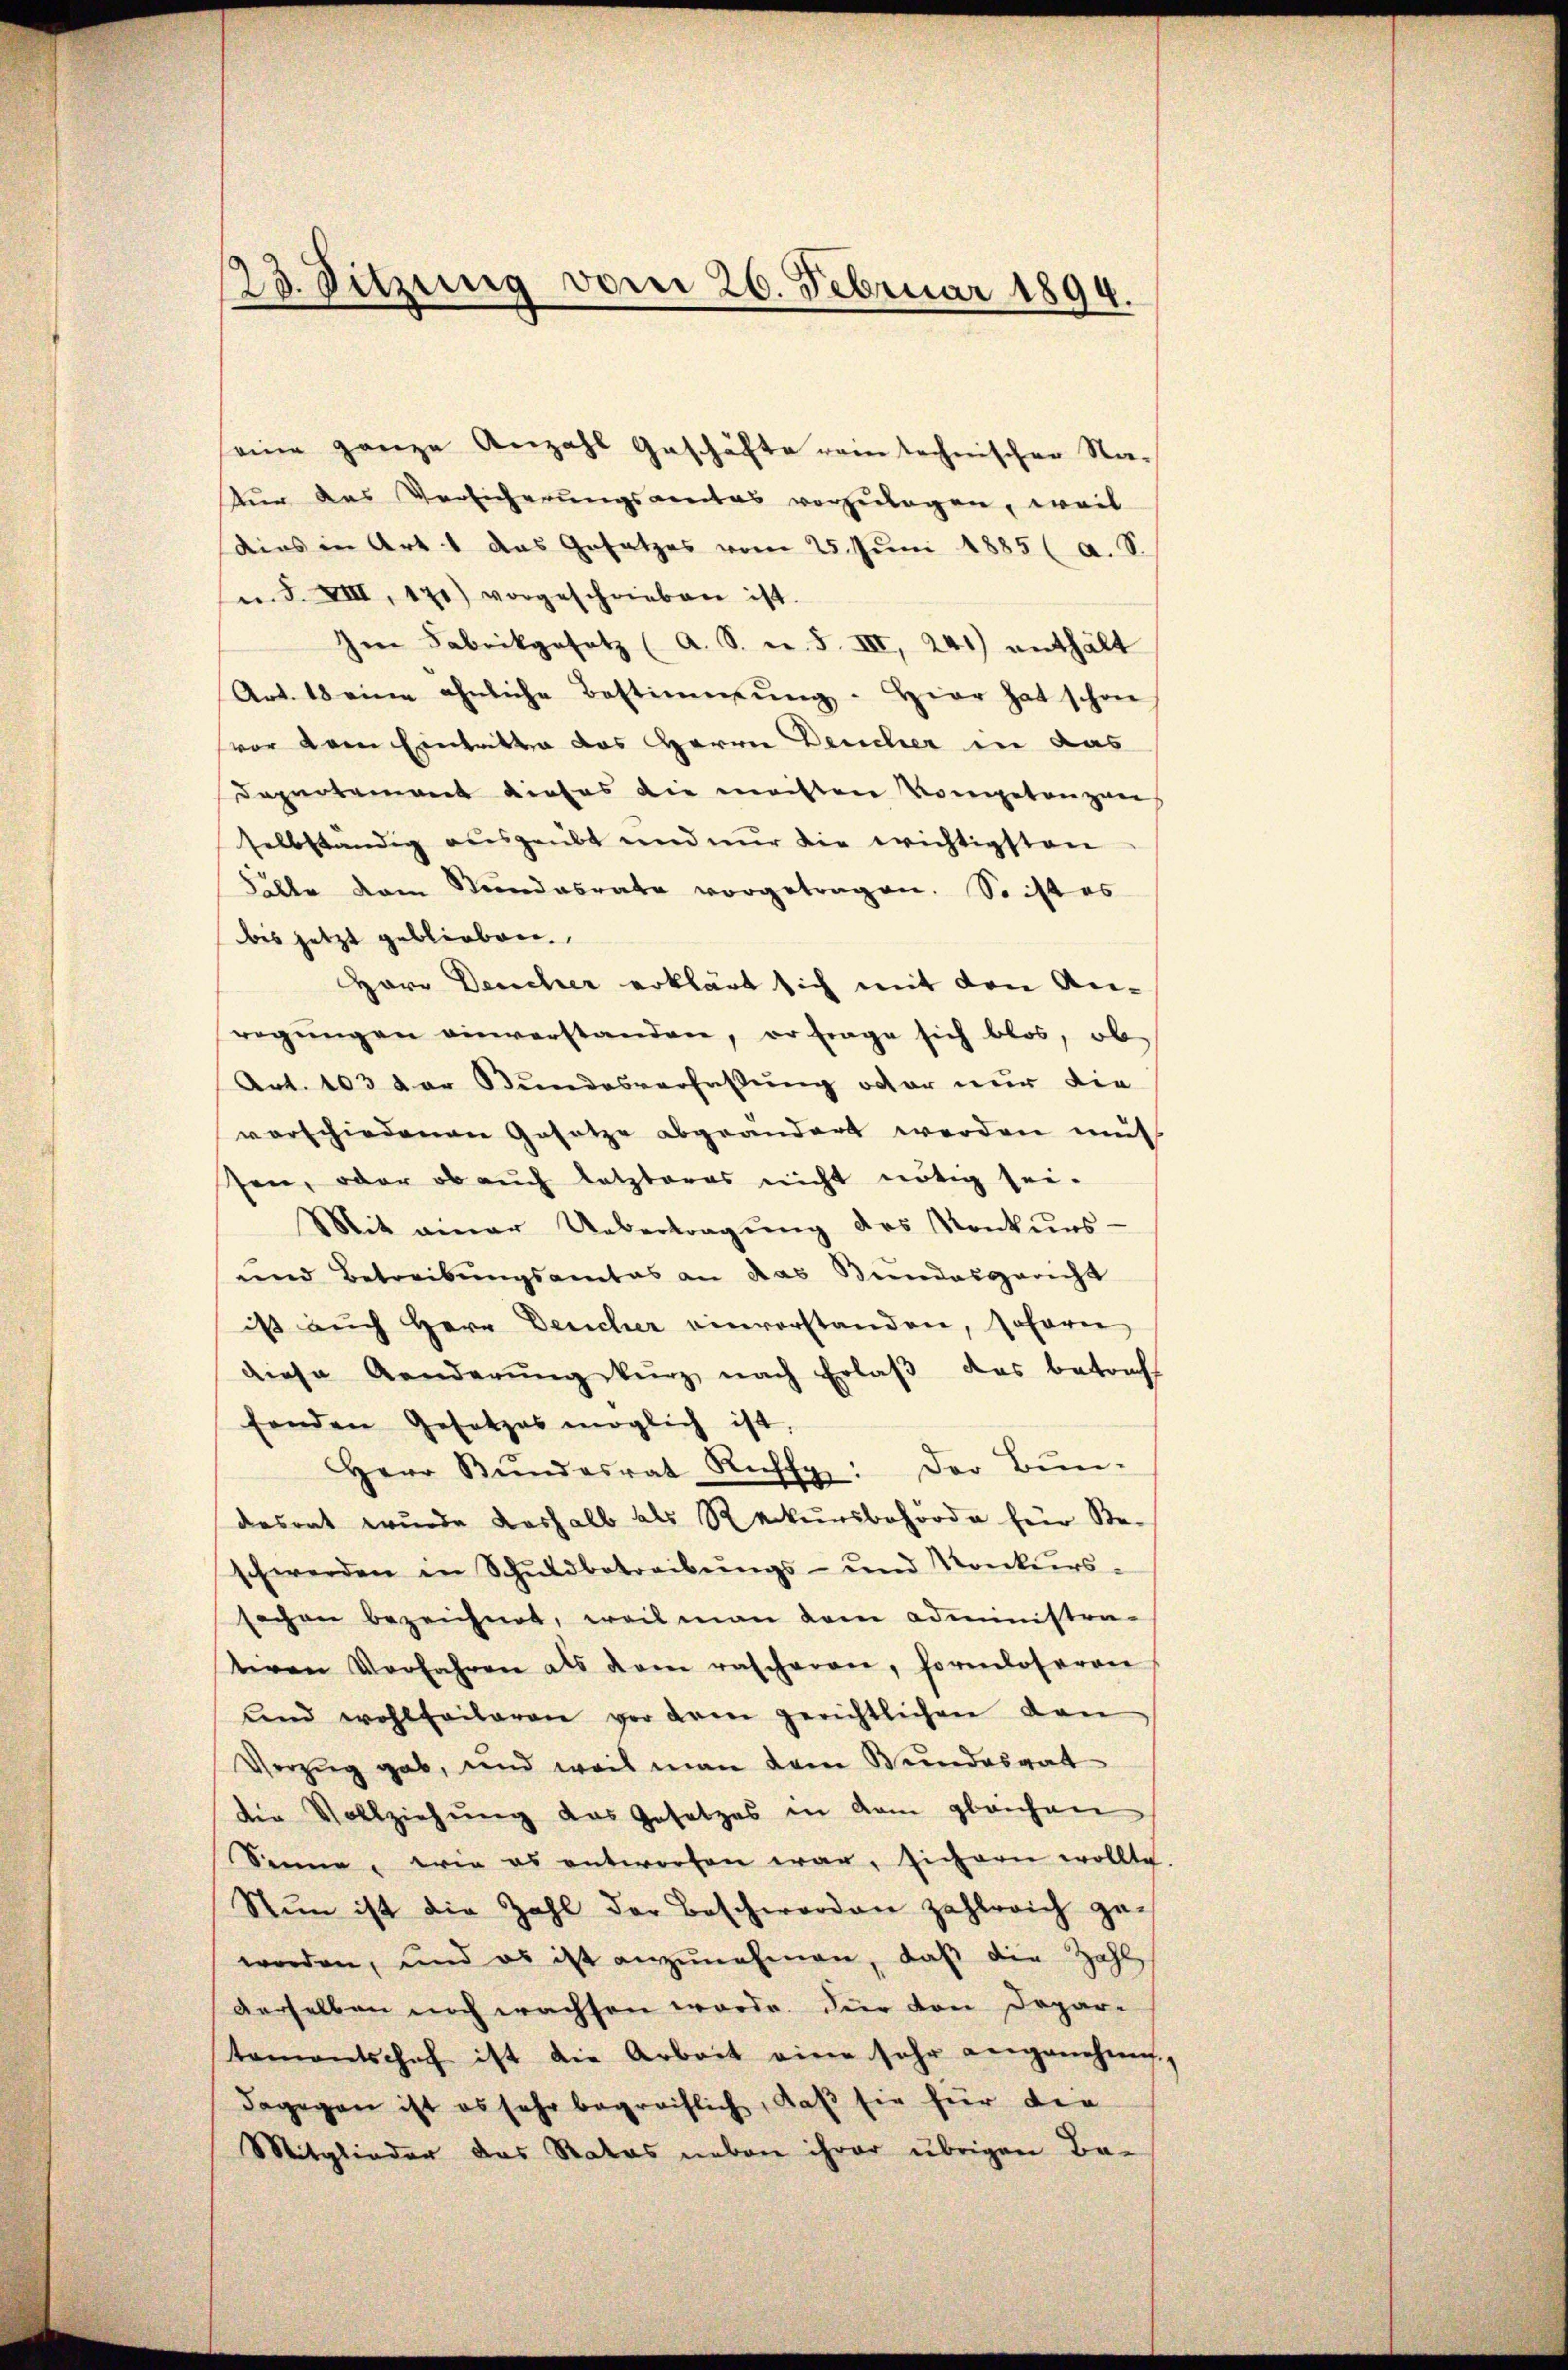
seine ganze Anzahl Geschäfte rein technischer Natur das Verlicherungsamtes vorzulagen, weil
dies in Art. 1 das Gesatzes vom 25. Juni 1885 ( a. S.
e S. XIII, 170) vorgeschrieben ist.
Im Fabrikgesetz (A. S. n. F. III 241) enthält
Art. 18 eine ähnliche Bestimmung. Hier hat schon
vor dem Eintritt das Herrn Deucher in das
Dapartement dieses die meisten Kompetenzwei
selbständig ausgeübt und nur die wichtigsten
Fälle dem Stundesrate vorgetragen. So ist es
bis jetzt geblieben.
Herr Deucher erklärt sich mit den Anregŭngen einverstanden, er frage sich blos, ob
Art. 103 der Bundesverfaßung oder nur die
vorschiedenen Gesetze abgeändert werden müs
sen, oder ob auch letzteres nicht nötig sei-
Mit einer Uebertragŭng des Konkurs-
und Betreibungsamtes an das Bundesgericht
ist aŭch Herr Deucher einverstanden, soferne
diese Aenderung kurz nach Erlaβ das betraft
fenden Gesetzes möglich ist.
Herr Bŭndesrat Ruff: Der Bun-
desrat wurde deshalb als Rekursbehörde für Be-
schwerden in Schuldbetreibŭngs- und Konkurs-
sachen bezeichnet, weil man dem administra-
tiven Vorfahren als dem rascheren, formloseren
und wohlfeileren vor dem gerichtlichen den
Vorzug gab, und weil man dem Bundesrat
die Vollziehung das Gesetzes in dem gleichen
Senne, wie es entworfen war, sichern wollte.
Nun ist die Zahl der Beschwerden zahlreich ge-
worden, und es ist anzŭnehmen, daß die Zahl
derselben noch wachsen werde. Dier von Depar-
tementschef ist die Arbeit eine sehr angenehme,
dagegen ist es sehr begreiflich, daß sie für der
Mitglieder das Rates neben ihrer übrigen Be-

23. Sitzung vom 26. Februar 1894.